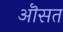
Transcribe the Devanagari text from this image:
ऒसत